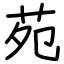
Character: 苑